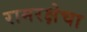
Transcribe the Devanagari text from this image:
रामरक्षेचा